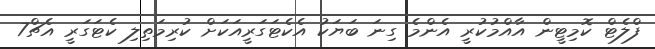
ފްލެޓް ކޮމިޓީން އާއްމުކުރީ އެންމެ ގިނަ ބަޔަކު އެކެޓަގަރީއަކަށް ކުރިމަތިލި ކެޓަގަރީ އެޗް7